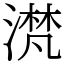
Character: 滼